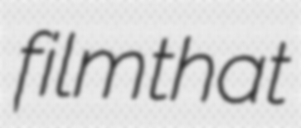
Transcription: filmthat